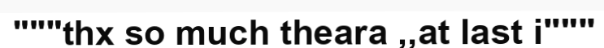
"""thx so much theara ,,at last i"""